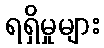
ရရှိမှုများ